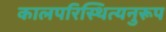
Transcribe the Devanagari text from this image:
कालपरिस्थित्यनुरूप